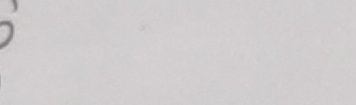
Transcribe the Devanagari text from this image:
को